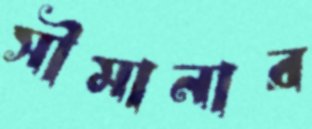
সীমানার